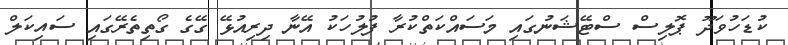
ކުޑަހުވަދޫ ޕޮލިސް ސްޓޭޝަނުގައި މަސައްކަތްކުރާ ފުލުހަކު އޭނާ ދިރިއުޅޭ ގޭގެ ގޯތިތެރޭގައި ސައިކަލް